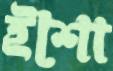
ইশো